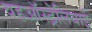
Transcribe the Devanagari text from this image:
वहऑस्ट्रेलियाई